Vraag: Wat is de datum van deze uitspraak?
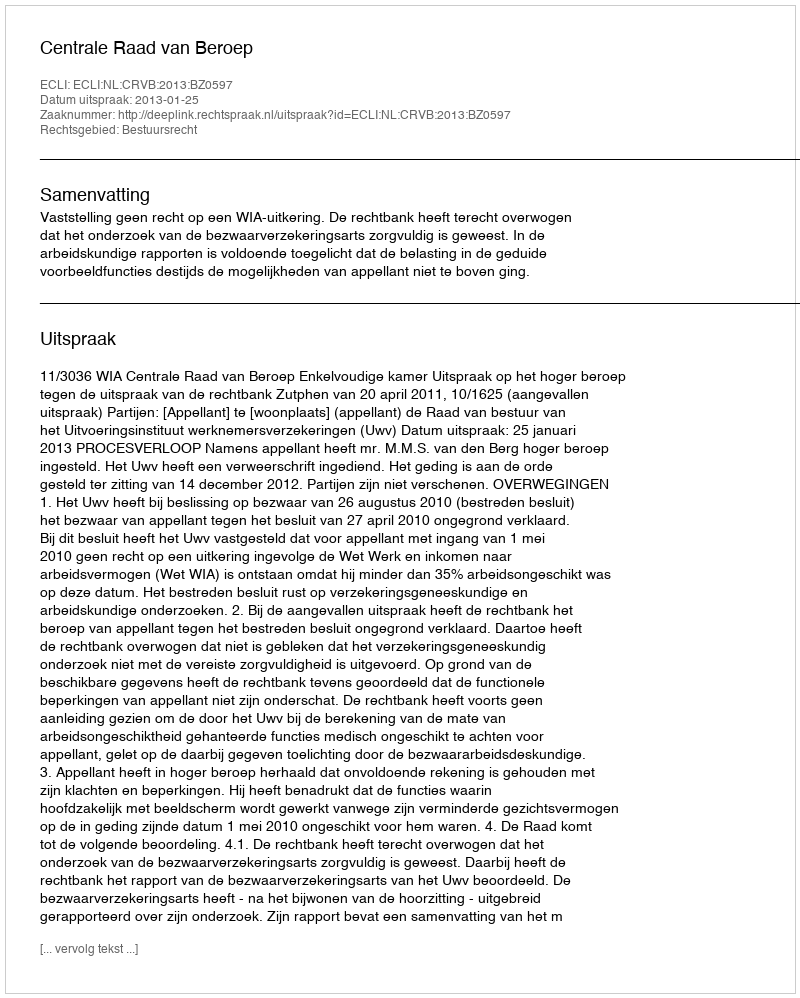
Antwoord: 2013-01-25